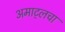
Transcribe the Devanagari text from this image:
अमाट्लचा